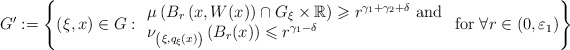
\begin{align*}G ' := \left\{ ( \xi , x ) \in G : \begin{array}{l}\mu \left( B _r \left( x, W(x) \right) \cap G _\xi \times \mathbb{R} \right)\geqslant r ^{\gamma _1 + \gamma _2 + \delta} \mbox{ and} \\ \nu _{\left( \xi, q _\xi (x) \right)} \left( B _r (x) \right) \leqslant r ^{ \gamma _1 - \delta } \end{array}\mbox{ for } \forall r \in ( 0 , \varepsilon _1 ) \right\}\end{align*}